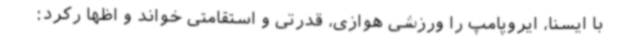
با ایسنا، ایروپامپ را ورزشی هوازی، قدرتی و استقامتی خواند و اظها رکرد: